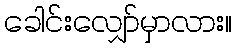
ခေါင်းလျှော်မှာလား။